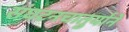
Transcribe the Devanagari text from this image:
संघटनचातुर्याने